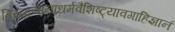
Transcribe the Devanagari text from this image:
विरुद्धनानाधर्मवैशिष्ट्यावगाहिज्ञानं